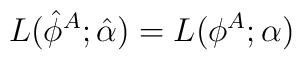
L(\hat \phi^A; \hat\alpha) = L(\phi^A; \alpha)